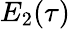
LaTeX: E_{2}(\tau)